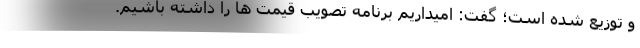
و توزیع شده است؛ گفت: امیداریم برنامه تصویب قیمت ها را داشته باشیم.